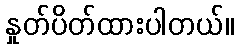
နှုတ်ပိတ်ထားပါတယ်။